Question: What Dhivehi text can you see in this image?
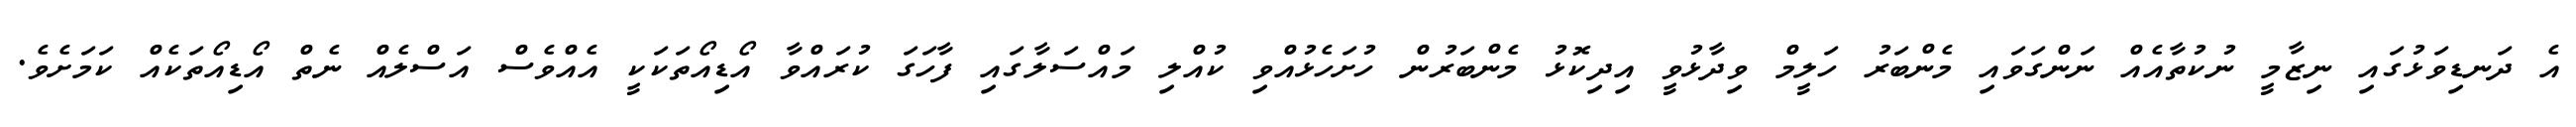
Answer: އެ ދަނޑިވަޅުގައި ނިޒާމީ ނުކުތާއެއް ނަންގަވައި މެންބަރު ހަލީމް ވިދާޅުވީ އިދިކޮޅު މެންބަރުން ހުށަހެޅުއްވި ކުއްލި މައްސަލާގައި ފާހަގަ ކުރައްވާ އޯޑިއޯތަކަކީ އެއްވެސް އަސްލެއް ނެތް އޯޑިއޯތަކެއް ކަމަށެވެ.